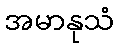
အမာနုသံ